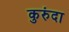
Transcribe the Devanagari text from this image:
कुरुंदा